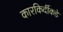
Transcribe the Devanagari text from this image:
कारकिर्दीकडे